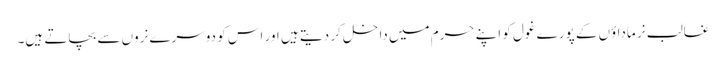
غالب نر ماداؤں کے پورے غول کو اپنے حرم میں داخل کر دیتے ہیں اور اس کو دوسرے نروں سے بچاتے ہیں۔